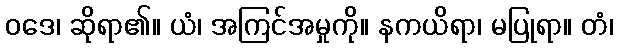
ဝဒေ၊ ဆိုရာ၏။ ယံ၊ အကြင်အမှုကို။ နကယိရာ၊ မပြုရာ။ တံ၊